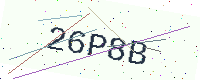
Text: 26P8B